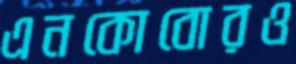
এনকোবোরও